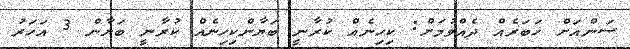
ސަންއަށް ޚަބަރެއް ދެއްވުމަށް: ކިހިނެއް ކުރާނީ ބަޔާންކިހިނެއް ކުރާނީ ބަޔާން 3 އަހަރު